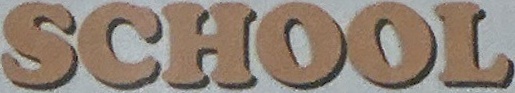
SCHOOL